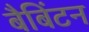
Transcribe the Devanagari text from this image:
बैबिंटन